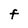
Character: F